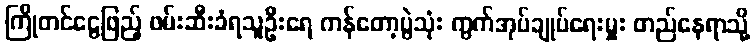
ကြိုတင်ငွေဖြည့် ဖမ်းဆီးခံရသူဦးရေ ကန်တော့ပွဲသုံး ကွက်အုပ်ချုပ်ရေးမှူး တည်နေရာသို့